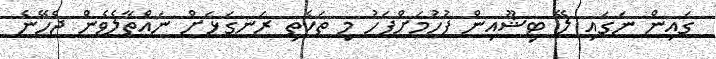
ގައިން ނަގައި ލޭ ޓިޝޫއިން ފުހުމަށްފަހު މި ތަކެތި ރަނގަޅަށް ނައްތާލެވެން ޖެހޭނެ